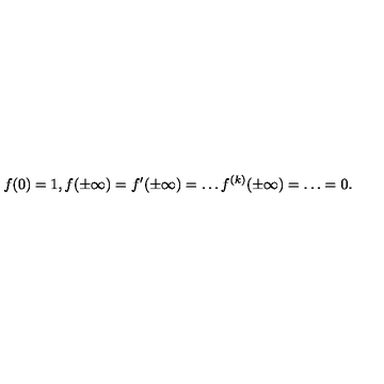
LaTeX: f ( 0 ) = 1 , f ( \pm \infty ) = f ^ { \prime } ( \pm \infty ) = \ldots f ^ { ( k ) } ( \pm \infty ) = \ldots = 0 .